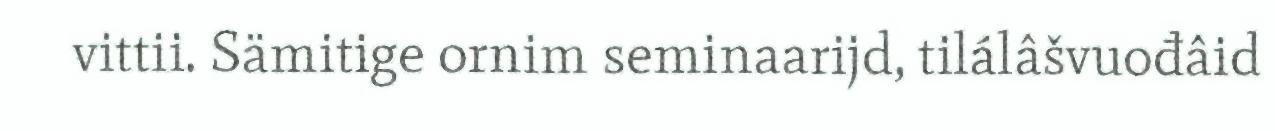
vittii. Sämitige ornim seminaarijd, tilálâšvuođâid